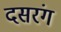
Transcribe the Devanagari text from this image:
दसरंग